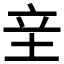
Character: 𰉢